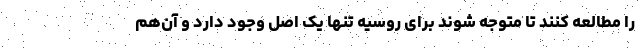
را مطالعه کنند تا متوجه شوند برای روسیه تنها یک اصل وجود دارد و آن‌هم